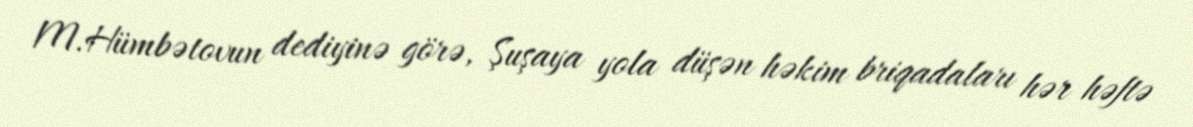
M.Hümbətovun dediyinə görə, Şuşaya yola düşən həkim briqadaları hər həftə